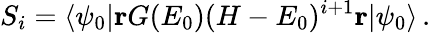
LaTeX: S_{i}=\langle\psi_{0}|\mathbf{r}G(E_{0})(H-E_{0})^{i+1}\mathbf{r}|\psi_{0}\rangle\, .